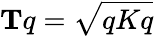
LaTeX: \mathbf{T}q={\sqrt{qKq}}